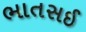
ભાતસઈ